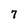
Character: 7